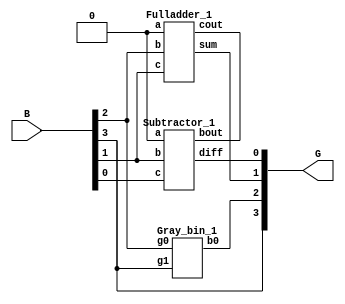
//VERILOG MODULE
module BG(B,G);
output [3:0]G;
input [3:0]B;
assign G[3]=B[3];
Gray_bin_1 x1(G[2],G[3],B[2]);
Fulladder_1 x2(G[1], ,1'b0,B[2],B[1]);
Subtractor_1 x3(G[0], ,1'b0,B[1], B[0]);
endmodule
//Module for 1 bit G 2 B
module Gray_bin_1(b0,g1,g0);
output b0;
input g0,g1;
assign b0= g0 ^ g1;
endmodule
//Module for 1 bit Adder
module Fulladder_1 (sum,cout, a, b, c);
output sum, cout;
input a, b,c;
assign sum= a ^ b ^ c;
assign cout= (a & b) | (b & c) | (c & a);
endmodule
//Module for 1 bit Subtractor
module Subtractor_1 (diff,bout, a, b, c);
output diff, bout;
input a, b,c;
assign diff= a ^ b ^ c;
assign bout= ((~a) & b) | ((((~a) | b)) & c);
endmodule
//Test Bench module
module stimulus();
reg[3:0]B;
wire[3:0]G;
BG bg(B,G);
initial
begin
B=4'h0;
#10 B=4'h1; #10B=4'h3;
#10 B=4'h7; #10B=4'h9;
#10 B=4'hf; #10B=4'ha;
#10 $finish;
end
endmodule